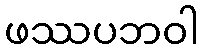
ဖဿပဘဝါ